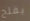
يفلح